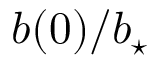
b ( 0 ) / \ensuremath { b _ { \star } }